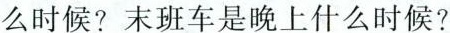
么时候?末班车是晚上什么时候?